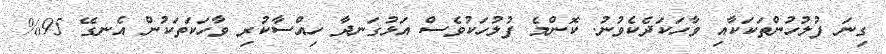
ގިނަ ފުލުހުންތަކަކާއި ވާހަކަދެކެވުނު. ކޮންމެ ފުލުހަކުވެސް އަޅުގަނދާ ހިއްސާކުރި ވާހަކަތަކުން އެނގޭ 95%